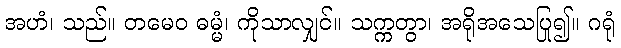
အဟံ၊ သည်။ တမေဝ ဓမ္မံ၊ ကိုသာလျှင်။ သက္ကတွာ၊ အရိုအသေပြု၍။ ဂရုံ